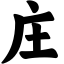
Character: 庄